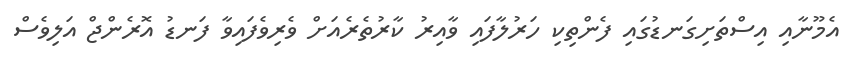
އެމޫނާއި އިސްތަށިގަނޑުގައި ފެންތިކި ހަރުލާފައި ވާއިރު ކާރުތެރެއަށް ވެރިވެފައިވާ ފަނޑު އޮރެންޖް އަލިވެސް